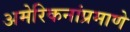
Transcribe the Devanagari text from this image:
अमेरिकनांप्रमाणे